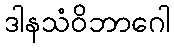
ဒါနသံဝိဘာဂေါ